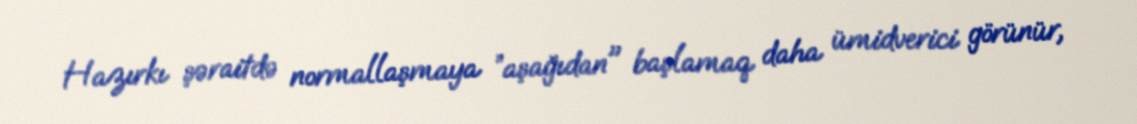
Hazırkı şəraitdə normallaşmaya ”aşağıdan" başlamaq daha ümidverici görünür,